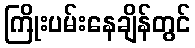
ကြိုးပမ်းနေချိန်တွင်